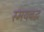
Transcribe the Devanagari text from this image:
स्मयबद्ध